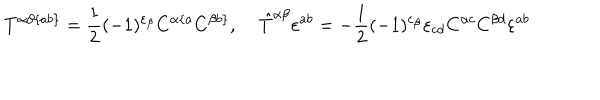
LaTeX: T ^ { \alpha \beta \{ a b \} } = \frac { 1 } { 2 } ( - 1 ) ^ { \varepsilon _ { \beta } } C ^ { \alpha \{ a } C ^ { \beta b \} } , \; \hat { T } ^ { \alpha \beta } \varepsilon ^ { a b } = - \frac { 1 } { 2 } ( - 1 ) ^ { \varepsilon _ { \beta } } \varepsilon _ { c d } C ^ { \alpha c } C ^ { \beta d } \varepsilon ^ { a b }